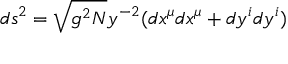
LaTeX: d s ^ { 2 } = \sqrt { g ^ { 2 } N } y ^ { - 2 } ( d x ^ { \mu } d x ^ { \mu } + d y ^ { i } d y ^ { i } )